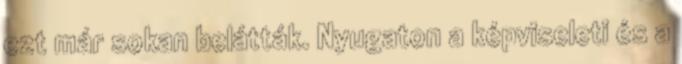
ezt már sokan belátták. Nyugaton a képviseleti és a